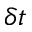
\delta { t }